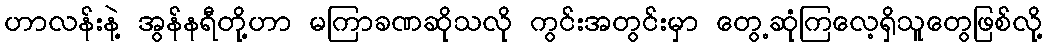
ဟာလန်းနဲ့ အွန်နရီတို့ဟာ မကြာခဏဆိုသလို ကွင်းအတွင်းမှာ တွေ့ဆုံကြလေ့ရှိသူတွေဖြစ်လို့